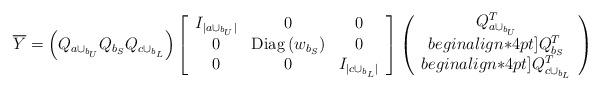
LaTeX: \begin{align*}\overline Y=\left (Q_{a\cup_{b_U}} Q_{b_S} Q_{c\cup_{b_L}} \right) \left[ \begin{array}{ccc} I_{|a\cup_{b_U}|} & 0& 0\\ 0 & {\rm Diag}\,(w_{b_S}) & 0 \\ 0 & 0 & I_{|c\cup_{b_L}|} \end{array} \right ] \left ( \begin{array}{c} Q_{a\cup_{b_U}}^T\\begin{align*}4pt] Q^T_{b_S}\\begin{align*}4pt] Q_{c\cup_{b_L}}^T \end{array} \right)\end{align*}